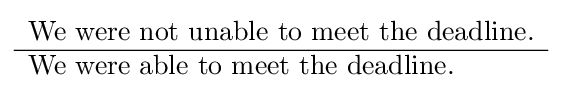
{\begin{array}{l}{\text{We were not unable to meet the deadline.}}\\\hline {\text{We were able to meet the deadline. }}\end{array}}